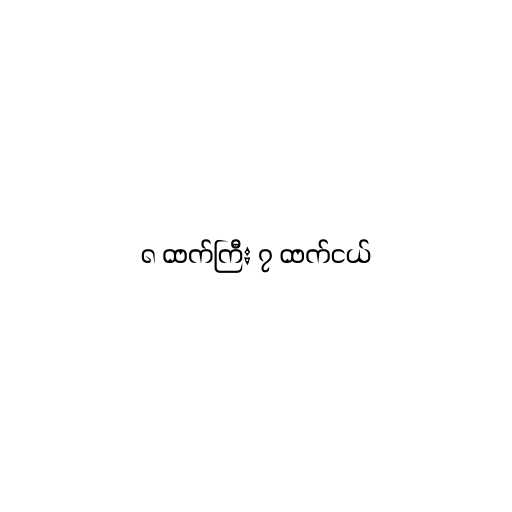
၈ ထက်ကြီး ၇ ထက်ငယ်